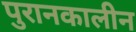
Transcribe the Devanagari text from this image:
पुरानकालीन